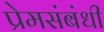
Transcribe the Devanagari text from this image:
प्रेमसंबंधी